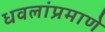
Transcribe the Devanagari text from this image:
धवलांप्रमाणे